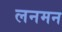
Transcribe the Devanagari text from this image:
लनमन